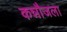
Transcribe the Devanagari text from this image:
कन्नौजला